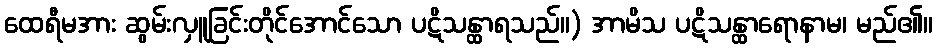
ထေရီမအား ဆွမ်းလှူခြင်းတိုင်အောင်သော ပဋိသန္ထာရသည်။) အာမိသ ပဋိသန္ထာရောနာမ၊ မည်၏။